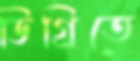
ডিগ্রিতে